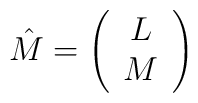
\hat{M}=\left(\begin{array}{c}L\\M\end{array}\right)